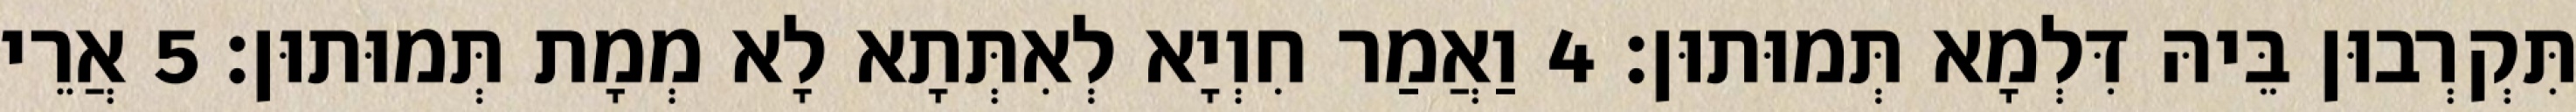
תִּקְרְבוּן בֵּיהּ דִּלְמָא תְּמוּתוּן׃ 4 וַאֲמַר חִוְיָא לְאִתְּתָא לָא מְמָת תְּמוּתוּן׃ 5 אֲרֵי